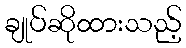
ချုပ်ဆိုထားသည့်